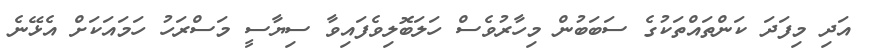
އަދި މިފަދަ ކަންތައްތަކުގެ ސަބަބުން މިހާރުވެސް ހަލަބޮލިވެފައިވާ ސިޔާސީ މަސްރަހު ހަމައަކަށް އެޅޭނެ